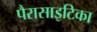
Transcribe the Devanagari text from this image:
पैरासाइटिका